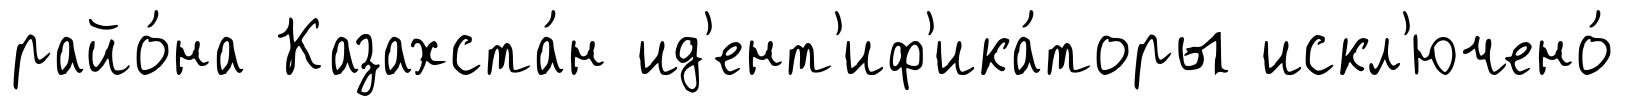
райо́на Казахста́н ид'ент'иф'ика́торы искл'ючено́